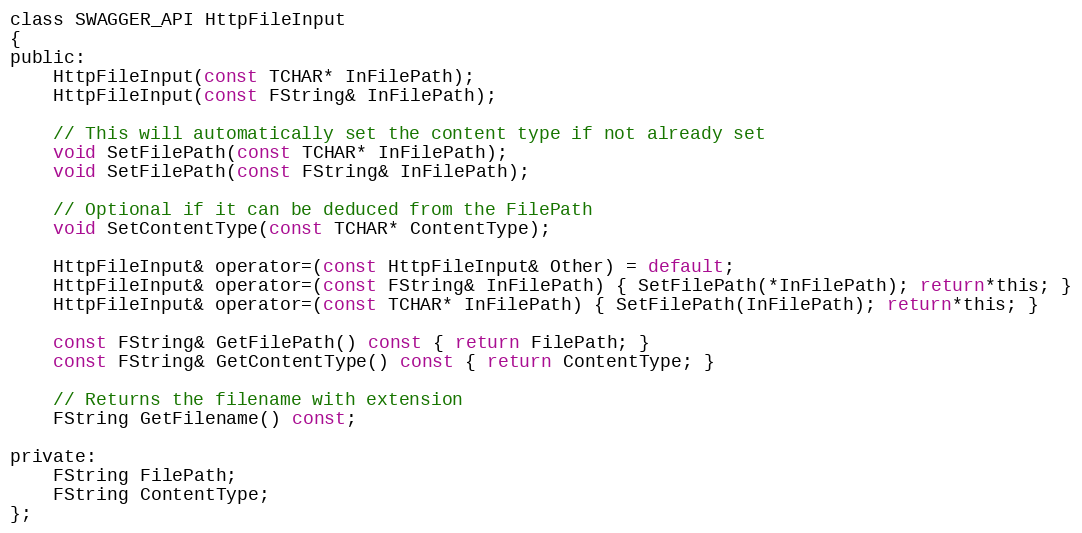
Language: C
class SWAGGER_API HttpFileInput
{
public:
	HttpFileInput(const TCHAR* InFilePath);
	HttpFileInput(const FString& InFilePath);

	// This will automatically set the content type if not already set
    void SetFilePath(const TCHAR* InFilePath);
	void SetFilePath(const FString& InFilePath);

    // Optional if it can be deduced from the FilePath
    void SetContentType(const TCHAR* ContentType);

	HttpFileInput& operator=(const HttpFileInput& Other) = default;
	HttpFileInput& operator=(const FString& InFilePath) { SetFilePath(*InFilePath); return*this; }
	HttpFileInput& operator=(const TCHAR* InFilePath) { SetFilePath(InFilePath); return*this; }

	const FString& GetFilePath() const { return FilePath; }
	const FString& GetContentType() const { return ContentType; }

	// Returns the filename with extension
	FString GetFilename() const;

private:
    FString FilePath;
    FString ContentType;
};